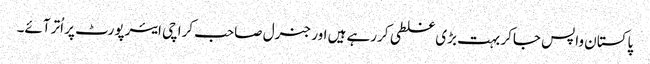
پاکستان واپس جاکر بہت بڑی غلطی کررہے ہیں اور جنرل صاحب کراچی ایئرپورٹ پر اُتر آئے۔